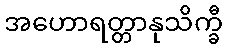
အဟောရတ္တာနုသိက္ခီ